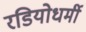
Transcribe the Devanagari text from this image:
रडियोधर्मी